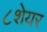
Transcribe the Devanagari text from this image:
८शेयर